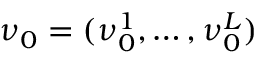
\ensuremath { \boldsymbol \nu } _ { 0 } = ( \ensuremath { \boldsymbol \nu } _ { 0 } ^ { 1 } , \ldots , \ensuremath { \boldsymbol \nu } _ { 0 } ^ { L } )